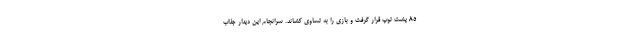
۸۵ پشت توپ قرار گرفت و بازی را به تساوی کشاند. سرانجام این دیدار جذاب